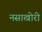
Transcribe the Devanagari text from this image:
नसाखोरी